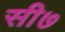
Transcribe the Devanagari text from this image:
सी७